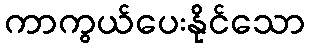
ကာကွယ်ပေးနိုင်သော